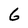
Character: 6